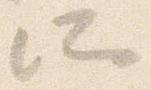
所